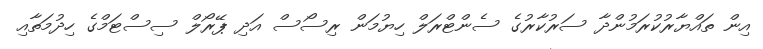
އިން ތައްޔާރުކުރަމުންދާ ސަރުކާރުގެ ސެންޓްރަލް ހިޔުމަން ރިސޯސް އަދި ޕޭރޯލް ސިސްޓަމްގެ ހިދުމަތާއި